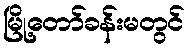
မြို့တော်ခန်းမတွင်